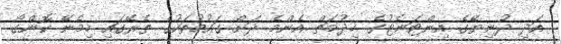
އަދި ދުނިޔޭގެ އިންޓަނެޓުގެ ޚިދުމަތް އެންމެ ދަށް ގައުމުތަކުގެ ތެރޭގައި ހިމެނޭ ކޮންގޯ